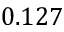
0 . 1 2 7